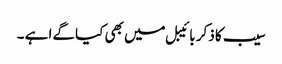
سیب کا ذکر بائیبل میں بھی کیا گےا ہے ۔